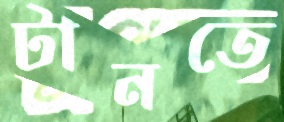
টানতে